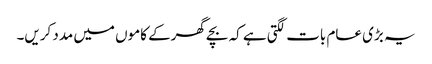
یہ بڑی عام بات لگتی ہے کہ بچے گھرکے کاموں میں مدد کریں۔